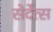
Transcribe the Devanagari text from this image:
सेर्देत्स